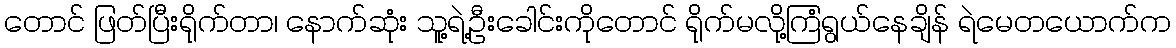
တောင် ဖြတ်ပြီးရိုက်တာ၊ နောက်ဆုံး သူ့ရဲ့ဦးခေါင်းကိုတောင် ရိုက်မလို့ကြံရွယ်နေချိန် ရဲမေတယောက်က